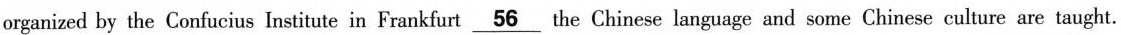
organized by the Confucius Institute in Frankfurt \underline{56} the Chinese language and some Chinese culture are taught.